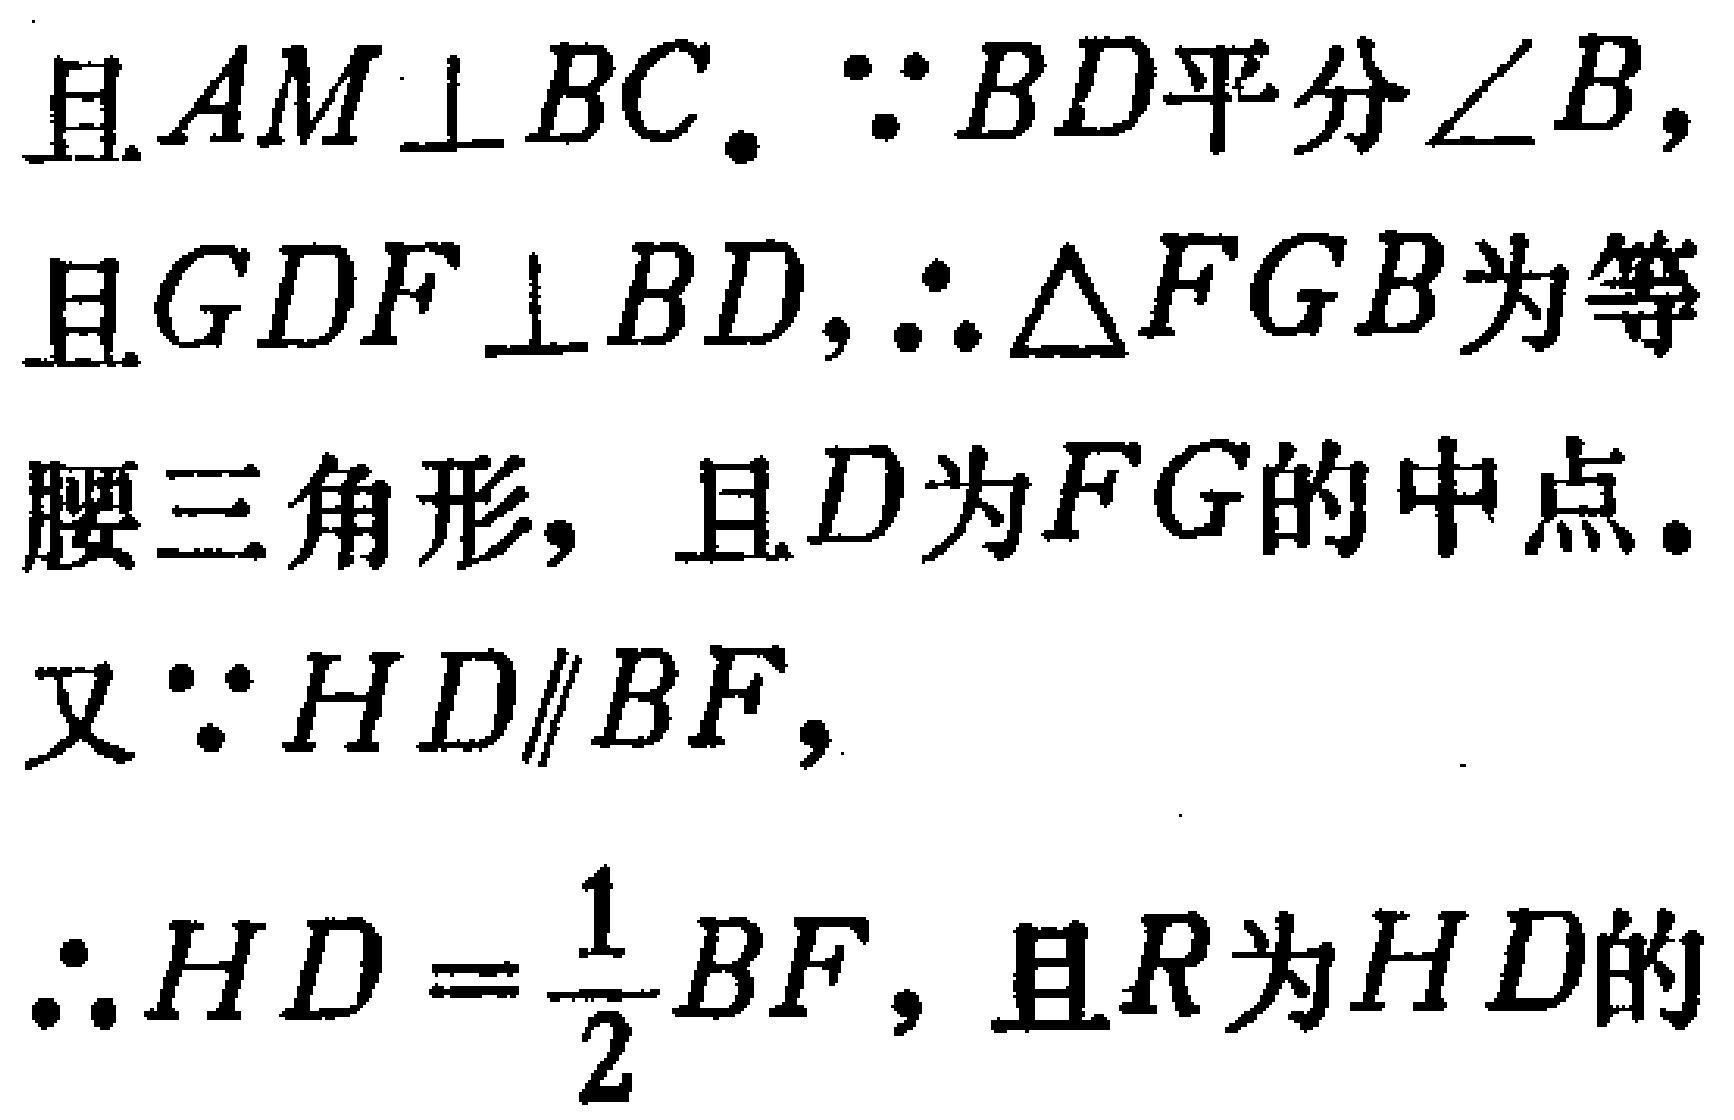
且$AM\perp BC$. $\because BD$平分$\angle B$, 且$GDF\perp BD$, $\therefore \triangle FGB$为等腰三角形, 且$D$为$FG$的中点. 又$\because HD\parallel BF$, $\therefore HD = \frac{1}{2}BF$, 且$R$为$HD$的